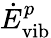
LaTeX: \dot{E}_{\mathrm{vib}}^{p}